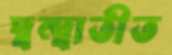
দ্বন্দ্বাতীত